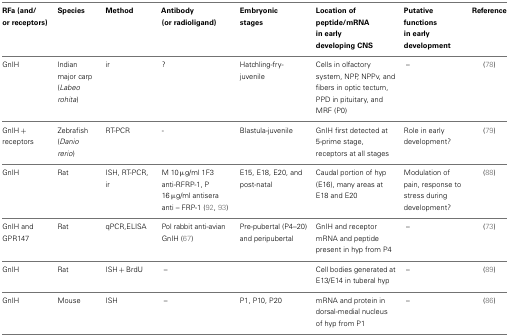
<table><thead><tr><td><b>RFa (and/or receptors)</b></td><td><b>Species</b></td><td><b>Method</b></td><td><b>Antibody (or radioligand)</b></td><td><b>Embryonic stages</b></td><td><b>Location of peptide/mRNA in early developing CNS</b></td><td><b>Putative functions in early development</b></td><td><b>Reference</b></td></tr></thead><tbody><tr><td>GnIH</td><td>Indian major carp (<i>Labeo rohita</i>)</td><td>ir</td><td>?</td><td>Hatchling-fry-juvenile</td><td>Cells in olfactory system, NPP, NPPv, and fibers in optic tectum, PPD in pituitary, and MRF (P0)</td><td>–</td><td>(78)</td></tr><tr><td>GnIH + receptors</td><td>Zebrafish (<i>Danio rerio</i>)</td><td>RT-PCR</td><td>-</td><td>Blastula-juvenile</td><td>GnIH first detected at 5-prime stage, receptors at all stages</td><td>Role in early development?</td><td>(79)</td></tr><tr><td>GnIH</td><td>Rat</td><td>ISH, RT-PCR, ir</td><td>M 10 μg/ml 1F3 anti-RFRP-1, P 16 μg/ml antisera anti – FRP-1 (92, 93)</td><td>E15, E18, E20, and post-natal</td><td>Caudal portion of hyp (E16), many areas at E18 and E20</td><td>Modulation of pain, response to stress during development?</td><td>(88)</td></tr><tr><td>GnIH and GPR147</td><td>Rat</td><td>qPCR,ELISA</td><td>Pol rabbit anti-avian GnIH (67)</td><td>Pre-pubertal (P4–20) and peripubertal</td><td>GnIH and receptor mRNA and peptide present in hyp from P4</td><td>–</td><td>(73)</td></tr><tr><td>GnIH</td><td>Rat</td><td>ISH + BrdU</td><td>–</td><td></td><td>Cell bodies generated at E13/E14 in tuberal hyp</td><td>–</td><td>(89)</td></tr><tr><td>GnIH</td><td>Mouse</td><td>ISH</td><td>–</td><td>P1, P10, P20</td><td>mRNA and protein in dorsal-medial nucleus of hyp from P1</td><td>–</td><td>(86)</td></tr></tbody></table>